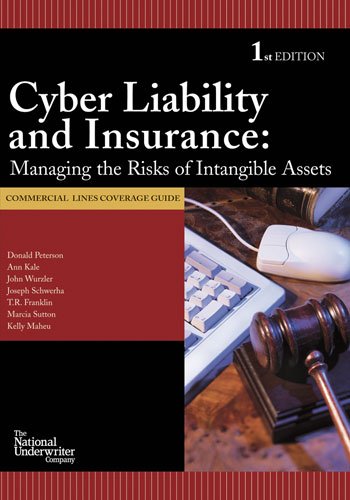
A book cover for Cyber Liability & Insurance (Commercial Lines); Donald Peterson; Business & Money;